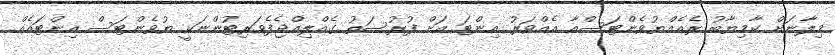
މިލާނަށް ކާމިޔާބު ރެއެއްޔުވެންޓަސްއާ އެއްވަރު އިންޓަ އަށް ފުރުސަތު ގެއްލިއްޖެފެވަރިޓުންނަކީ ޔުވެންޓަސް އިންޓައެއް